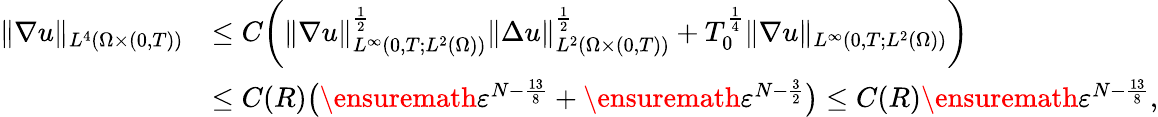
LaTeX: \begin{array}{rl}{\| \nabla u\| _{L^{4}(\Omega\times(0,T))}}&{\leq C\bigg(\| \nabla u\| _{L^{\infty}(0,T;L^{2}(\Omega))}^{\frac{1}{2}}\| \Delta u\| _{L^{2}(\Omega\times(0,T))}^{\frac{1}{2}}+T_{0}^{\frac{1}{4}}\| \nabla u\| _{L^{\infty}(0,T;L^{2}(\Omega))}\bigg)}\\ &{\leq C(R)\big(\ensuremath{\varepsilon}^{N-\frac{13}{8}}+\ensuremath{\varepsilon}^{N-\frac{3}{2}}\big)\leq C(R)\ensuremath{\varepsilon}^{N-\frac{13}8},}\end{array}